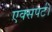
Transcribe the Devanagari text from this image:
एक्सपर्ट।